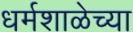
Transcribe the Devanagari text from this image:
धर्मशाळेच्या